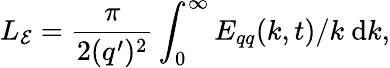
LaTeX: L_{\mathcal{E}}=\frac{\pi}{2(q^{\prime})^{2}}\int_{0}^{\infty}E_{qq}(k,t)/k\mathrm{~d}k,